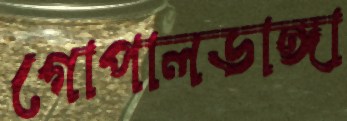
গোপালডাঙ্গা